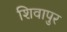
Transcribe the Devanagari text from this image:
शिवापुर